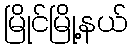
မြိုင်မြို့နယ်